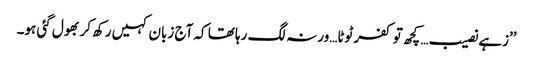
’’زہے نصیب… کچھ تو کفر ٹوٹا…ورنہ لگ رہا تھا کہ آج زبان کہیں رکھ کر بھول گئی ہو۔